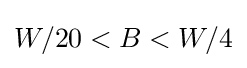
W/20<B<W/4